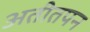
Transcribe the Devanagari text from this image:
अतीतपन